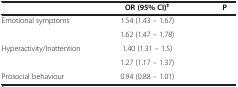
<table><thead><tr><td>[EMPTY_CELL]</td><td><b>OR (95% CI)<sup>‡</sup></b></td><td><b>P</b></td></tr></thead><tbody><tr><td>Emotional symptoms</td><td>1.54 (1.43 – 1.67)</td><td>[EMPTY_CELL]</td></tr><tr><td>[EMPTY_CELL]</td><td>1.62 (1.47 – 1.78)</td><td>[EMPTY_CELL]</td></tr><tr><td>Hyperactivity/Inattention</td><td>1.40 (1.31 – 1.5)</td><td>[EMPTY_CELL]</td></tr><tr><td>[EMPTY_CELL]</td><td>1.27 (1.17 – 1.37)</td><td>[EMPTY_CELL]</td></tr><tr><td>Prosocial behaviour</td><td>0.94 (0.88 – 1.01)</td><td>[EMPTY_CELL]</td></tr></tbody></table>